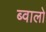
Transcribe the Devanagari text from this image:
ब्वालो